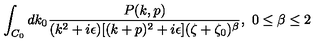
\int _ { C _ { 0 } } d k _ { 0 } { \frac { P ( k , p ) } { ( k ^ { 2 } + i \epsilon ) [ ( k + p ) ^ { 2 } + i \epsilon ] ( \zeta + \zeta _ { 0 } ) ^ { \beta } } } , \ 0 \leq \beta \leq 2